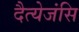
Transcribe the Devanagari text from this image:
दैत्येजंसि